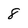
Character: 8